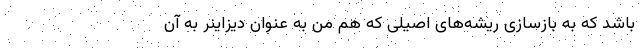
باشد که به بازسازی ریشه‌های اصیلی که هم من به عنوان دیزاینر به آن